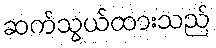
ဆက်သွယ်ထားသည်